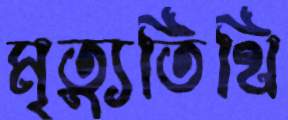
মৃত্যুতিথি